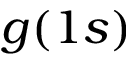
g ( 1 s )